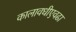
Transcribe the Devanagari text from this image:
कालावधीएवढा